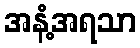
အနံ့အရသာ